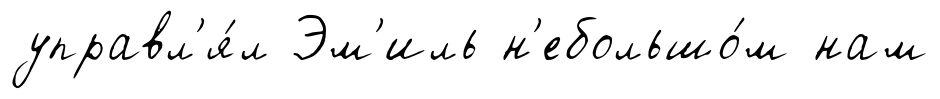
управл'я́л Эм'иль н'ебольшо́м нам